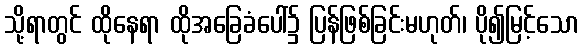
သို့ရာတွင် ထိုနေရာ ထိုအခြေခံပေါ်၌ ပြန်ဖြစ်ခြင်းမဟုတ်၊ ပို၍မြင့်သော